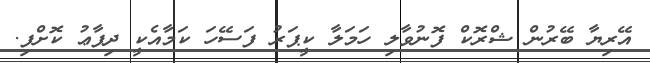
އޭރިޔާ ބޭރުން ޝްރޮކް ފޮނުވާލި ހަމަލާ ކީޕަރު ފަސޭހަ ކަމާއެކީ ދިފާޢު ކޮށްފި.